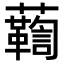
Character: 𧄛